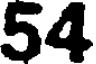
54